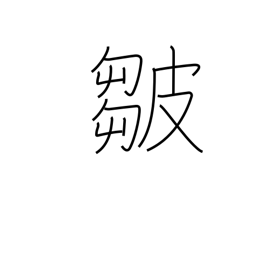
Meaning: folds